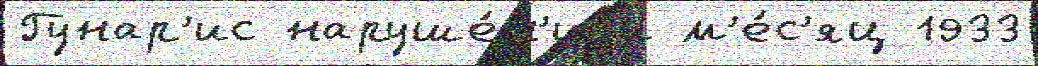
Гунар'ис наруше́н'иjи м'е́с'яц 1933